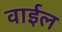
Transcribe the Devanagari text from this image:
वाईल